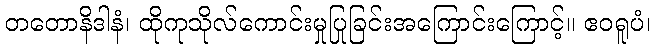
တတောနိဒါနံ၊ ထိုကုသိုလ်ကောင်းမှုပြုခြင်းအကြောင်းကြောင့်။ ဧဝရူပံ၊